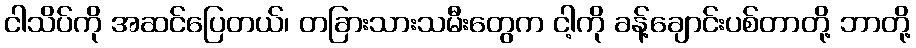
ငါသိပ်ကို အဆင်ပြေတယ်၊ တခြားသားသမီးတွေက ငါ့ကို ခန့်ချောင်းပစ်တာတို့ ဘာတို့